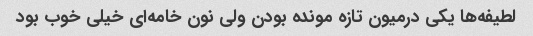
لطیفه‌ها یکی درمیون تازه مونده بودن ولی نون خامه‌ای خیلی خوب بود